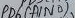
Text: PD6